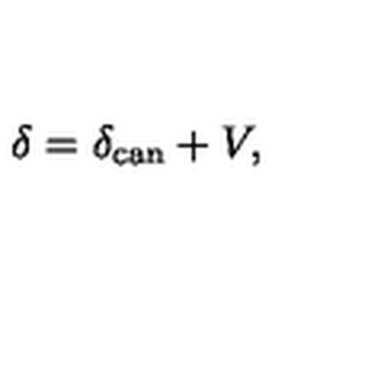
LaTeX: \delta = \delta _ { \mathrm { c a n } } + V ,